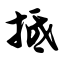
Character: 抵